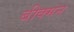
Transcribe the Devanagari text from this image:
बीक्मन